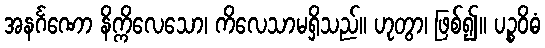
အနင်္ဂဏော နိက္ကိလေသော၊ ကိလေသာမရှိသည်။ ဟုတွာ၊ ဖြစ်၍။ ပဉ္စဝိဓံ